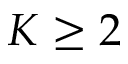
K \geq 2